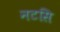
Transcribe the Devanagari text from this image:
नटसि